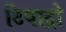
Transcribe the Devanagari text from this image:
टियाट्रो